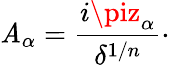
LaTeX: {\cal\mathit{A}}_{\alpha}={\frac{{i\piz_{\alpha}}}{{\delta^{1/n}}}}\cdotp